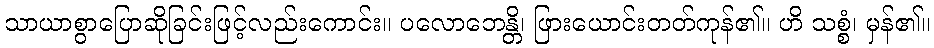
သာယာစွာပြောဆိုခြင်းဖြင့်လည်းကောင်း။ ပလောဘေန္တိ၊ ဖြားယောင်းတတ်ကုန်၏။ ဟိ သစ္စံ၊ မှန်၏။